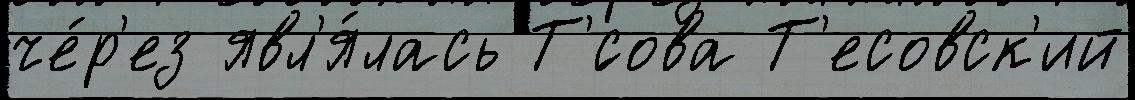
че́р'ез явл'я́лась Т'́сова Т'есовск'ий